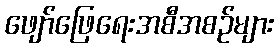
ဖျော်ဖြေရေးအစီအစဉ်များ